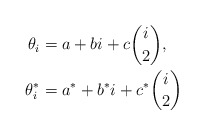
\begin{align*}\theta_i & = a + bi + c\binom{i}{2}, \\\theta^*_i & = a^* + b^*i + c^*\binom{i}{2} \end{align*}